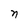
Character: n